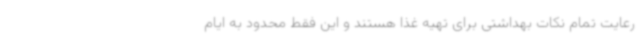
رعایت تمام نکات بهداشتی برای تهیه غذا هستند و این فقط محدود به ایام